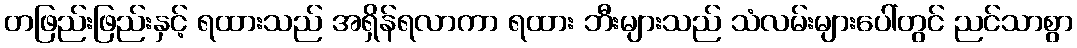
တဖြည်းဖြည်းနှင့် ရထားသည် အရှိန်ရလာကာ ရထား ဘီးများသည် သံလမ်းများပေါ်တွင် ညင်သာစွာ